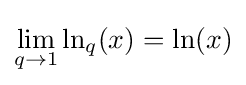
\lim _{q\to 1}\ln _{q}(x)=\ln(x)